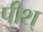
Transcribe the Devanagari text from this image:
पीश्